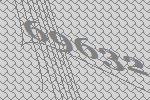
69632